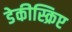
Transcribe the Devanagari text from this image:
डेकीस्क्रिप्ट